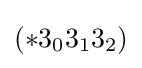
(*3_{0}3_{1}3_{2})